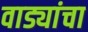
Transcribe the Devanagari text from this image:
वाड्यांचा